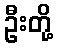
ဦးတို့